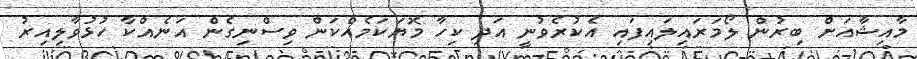
މާއިޝާއަށް ބިރުން ލޯމަރައިލައިފައި އެކުރެވުނީ އަދި ކިހާ މޮޔަކަމެއްކަން ވިސްނިގެން އަނެއްކާ ހުޅުވާލިއިރު